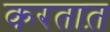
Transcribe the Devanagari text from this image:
करतात़